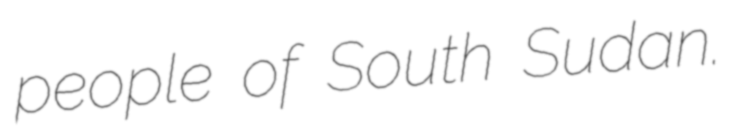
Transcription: people of South Sudan.